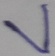
Text: V